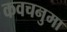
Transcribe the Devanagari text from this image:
कवचनुमा